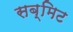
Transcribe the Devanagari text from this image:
सब्मिट